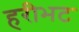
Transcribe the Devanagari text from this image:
हरीभट